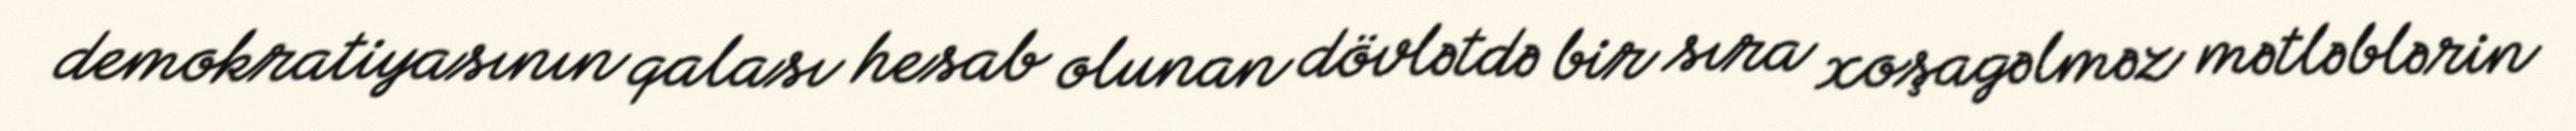
demokratiyasının qalası hesab olunan dövlətdə bir sıra xoşagəlməz mətləblərin